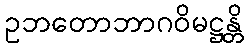
ဥဘတောဘာဂဝိမဋ္ဌန္တိ